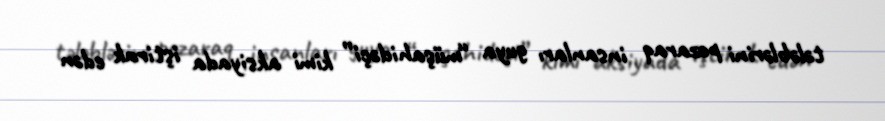
tələblərini pozaraq insanları guya “müşahidəçi” kimi aksiyada iştirak edən